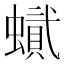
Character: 𧑰